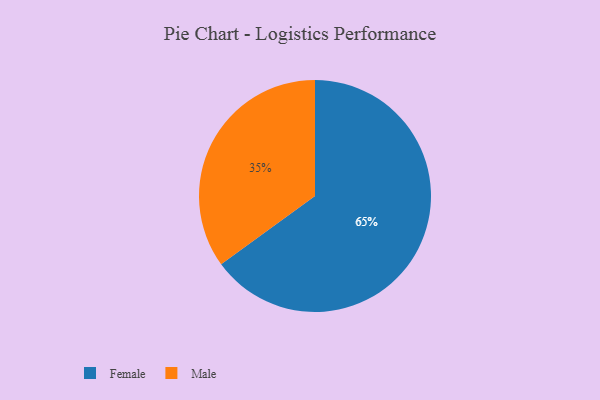
{"axis": {"x": "Category", "y": "Percentage"}, "legend": ["Female", "Male"], "data": [{"x": "Female", "y": 65, "type": "Female"}, {"x": "Male", "y": 35, "type": "Male"}]}